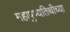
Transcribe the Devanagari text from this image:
महापुण्यतिथीच्या